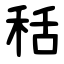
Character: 秳